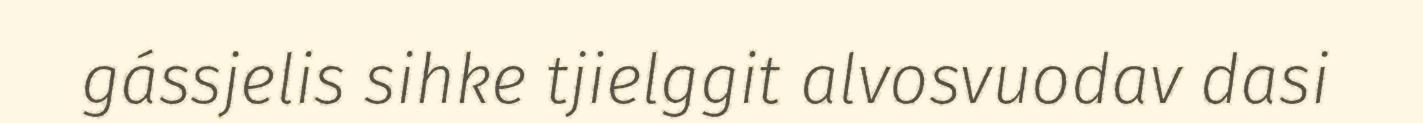
gássjelis sihke tjielggit alvosvuodav dasi